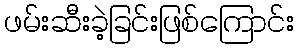
ဖမ်းဆီးခဲ့ခြင်းဖြစ်ကြောင်း